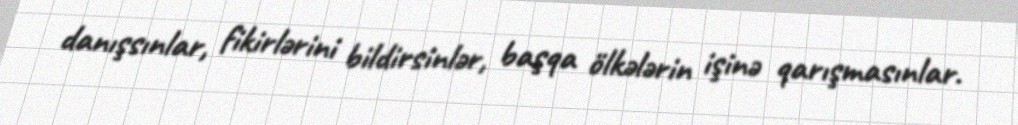
danışsınlar, fikirlərini bildirsinlər, başqa ölkələrin işinə qarışmasınlar.